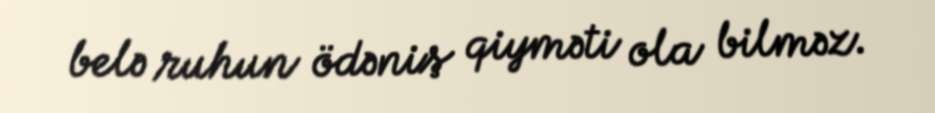
belə ruhun ödəniş qiyməti ola bilməz.